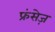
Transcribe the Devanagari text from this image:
फ्रंसेज़